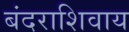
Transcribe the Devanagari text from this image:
बंदराशिवाय